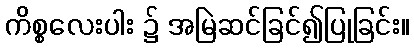
ကိစ္စလေးပါး ၌ အမြဲဆင်ခြင်၍ပြုခြင်း။